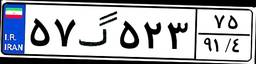
۵۷گ۵۲۳۷۵